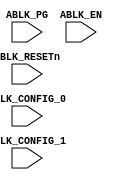
module ablk
  (
   //**************************************
   //Power Domain
   //Input  - Own Power Domain
   //Output - N/A
   //**************************************
   //Signals
   //Input
   ABLK_PG,	 //Active High
   ABLK_RESETn,  //Active Low
   ABLK_EN,	 //Active High
   ABLK_CONFIG_0,//Config Bits
   ABLK_CONFIG_1 //Config Bits
   //Output
   );

   input       ABLK_PG;
   input       ABLK_RESETn;
   input       ABLK_EN;
   input [3:0] ABLK_CONFIG_0;
   input [3:0] ABLK_CONFIG_1;

   always @(ABLK_PG) begin
      $write("%c[1;34m",27); 
      $display("ablk Input ABLK_PG Has been changed to:%x", ABLK_PG);
      $write("%c[0m",27);
   end

   always @(ABLK_RESETn) begin
      $write("%c[1;34m",27); 
      $display("ablk Input ABLK_RESETn Has been changed to:%x", ABLK_RESETn);
      $write("%c[0m",27);
   end

   always @(ABLK_EN) begin
      $write("%c[1;34m",27); 
      $display("ablk Input ABLK_EN Has been changed to:%x", ABLK_EN);
      $write("%c[0m",27);
   end

   always @(ABLK_CONFIG_0) begin
      $write("%c[1;34m",27); 
      $display("ablk Input ABLK_CONFIG_0 Has been changed to:%x", ABLK_CONFIG_0);
      $write("%c[0m",27);
   end

   always @(ABLK_CONFIG_1) begin
      $write("%c[1;34m",27); 
      $display("ablk Input ABLK_CONFIG_1 Has been changed to:%x", ABLK_CONFIG_1);
      $write("%c[0m",27);
   end

endmodule